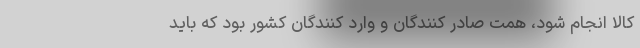
کالا انجام شود، همت صادر کنندگان و وارد کنندگان کشور بود که باید